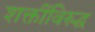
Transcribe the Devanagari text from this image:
शक्तींविरुद्ध